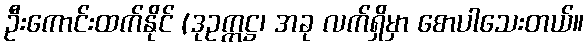
ဦးကောင်းထက်နိုင် (ဒုဥက္ကဋ္ဌ၊ အခု လက်ရှိမှာ စောပါသေးတယ်။